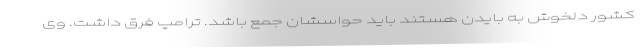
کشور دلخوش به بایدن هستند باید حواسشان جمع باشد. ترامپ فرق داشت. وی